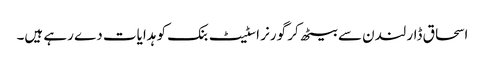
اسحاق ڈار لندن سے بیٹھ کر گورنر اسٹیٹ بنک کو ہدایات دے رہے ہیں۔